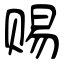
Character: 赐